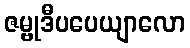
ဇမ္ဗုဒီပပေယျာလော